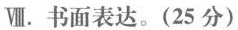
Ⅷ.书面表达.(25 分)